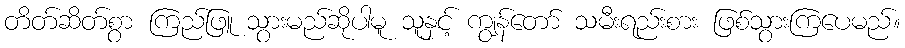
တိတ်ဆိတ်စွာ ကြည်ဖြူ သွားမည်ဆိုပါမူ သူနှင့် ကျွန်တော် သမီးရည်းစား ဖြစ်သွားကြပေမည်။